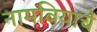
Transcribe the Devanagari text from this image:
नामबियाचे